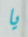
يا